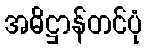
အဓိဋ္ဌာန်တင်ပုံ